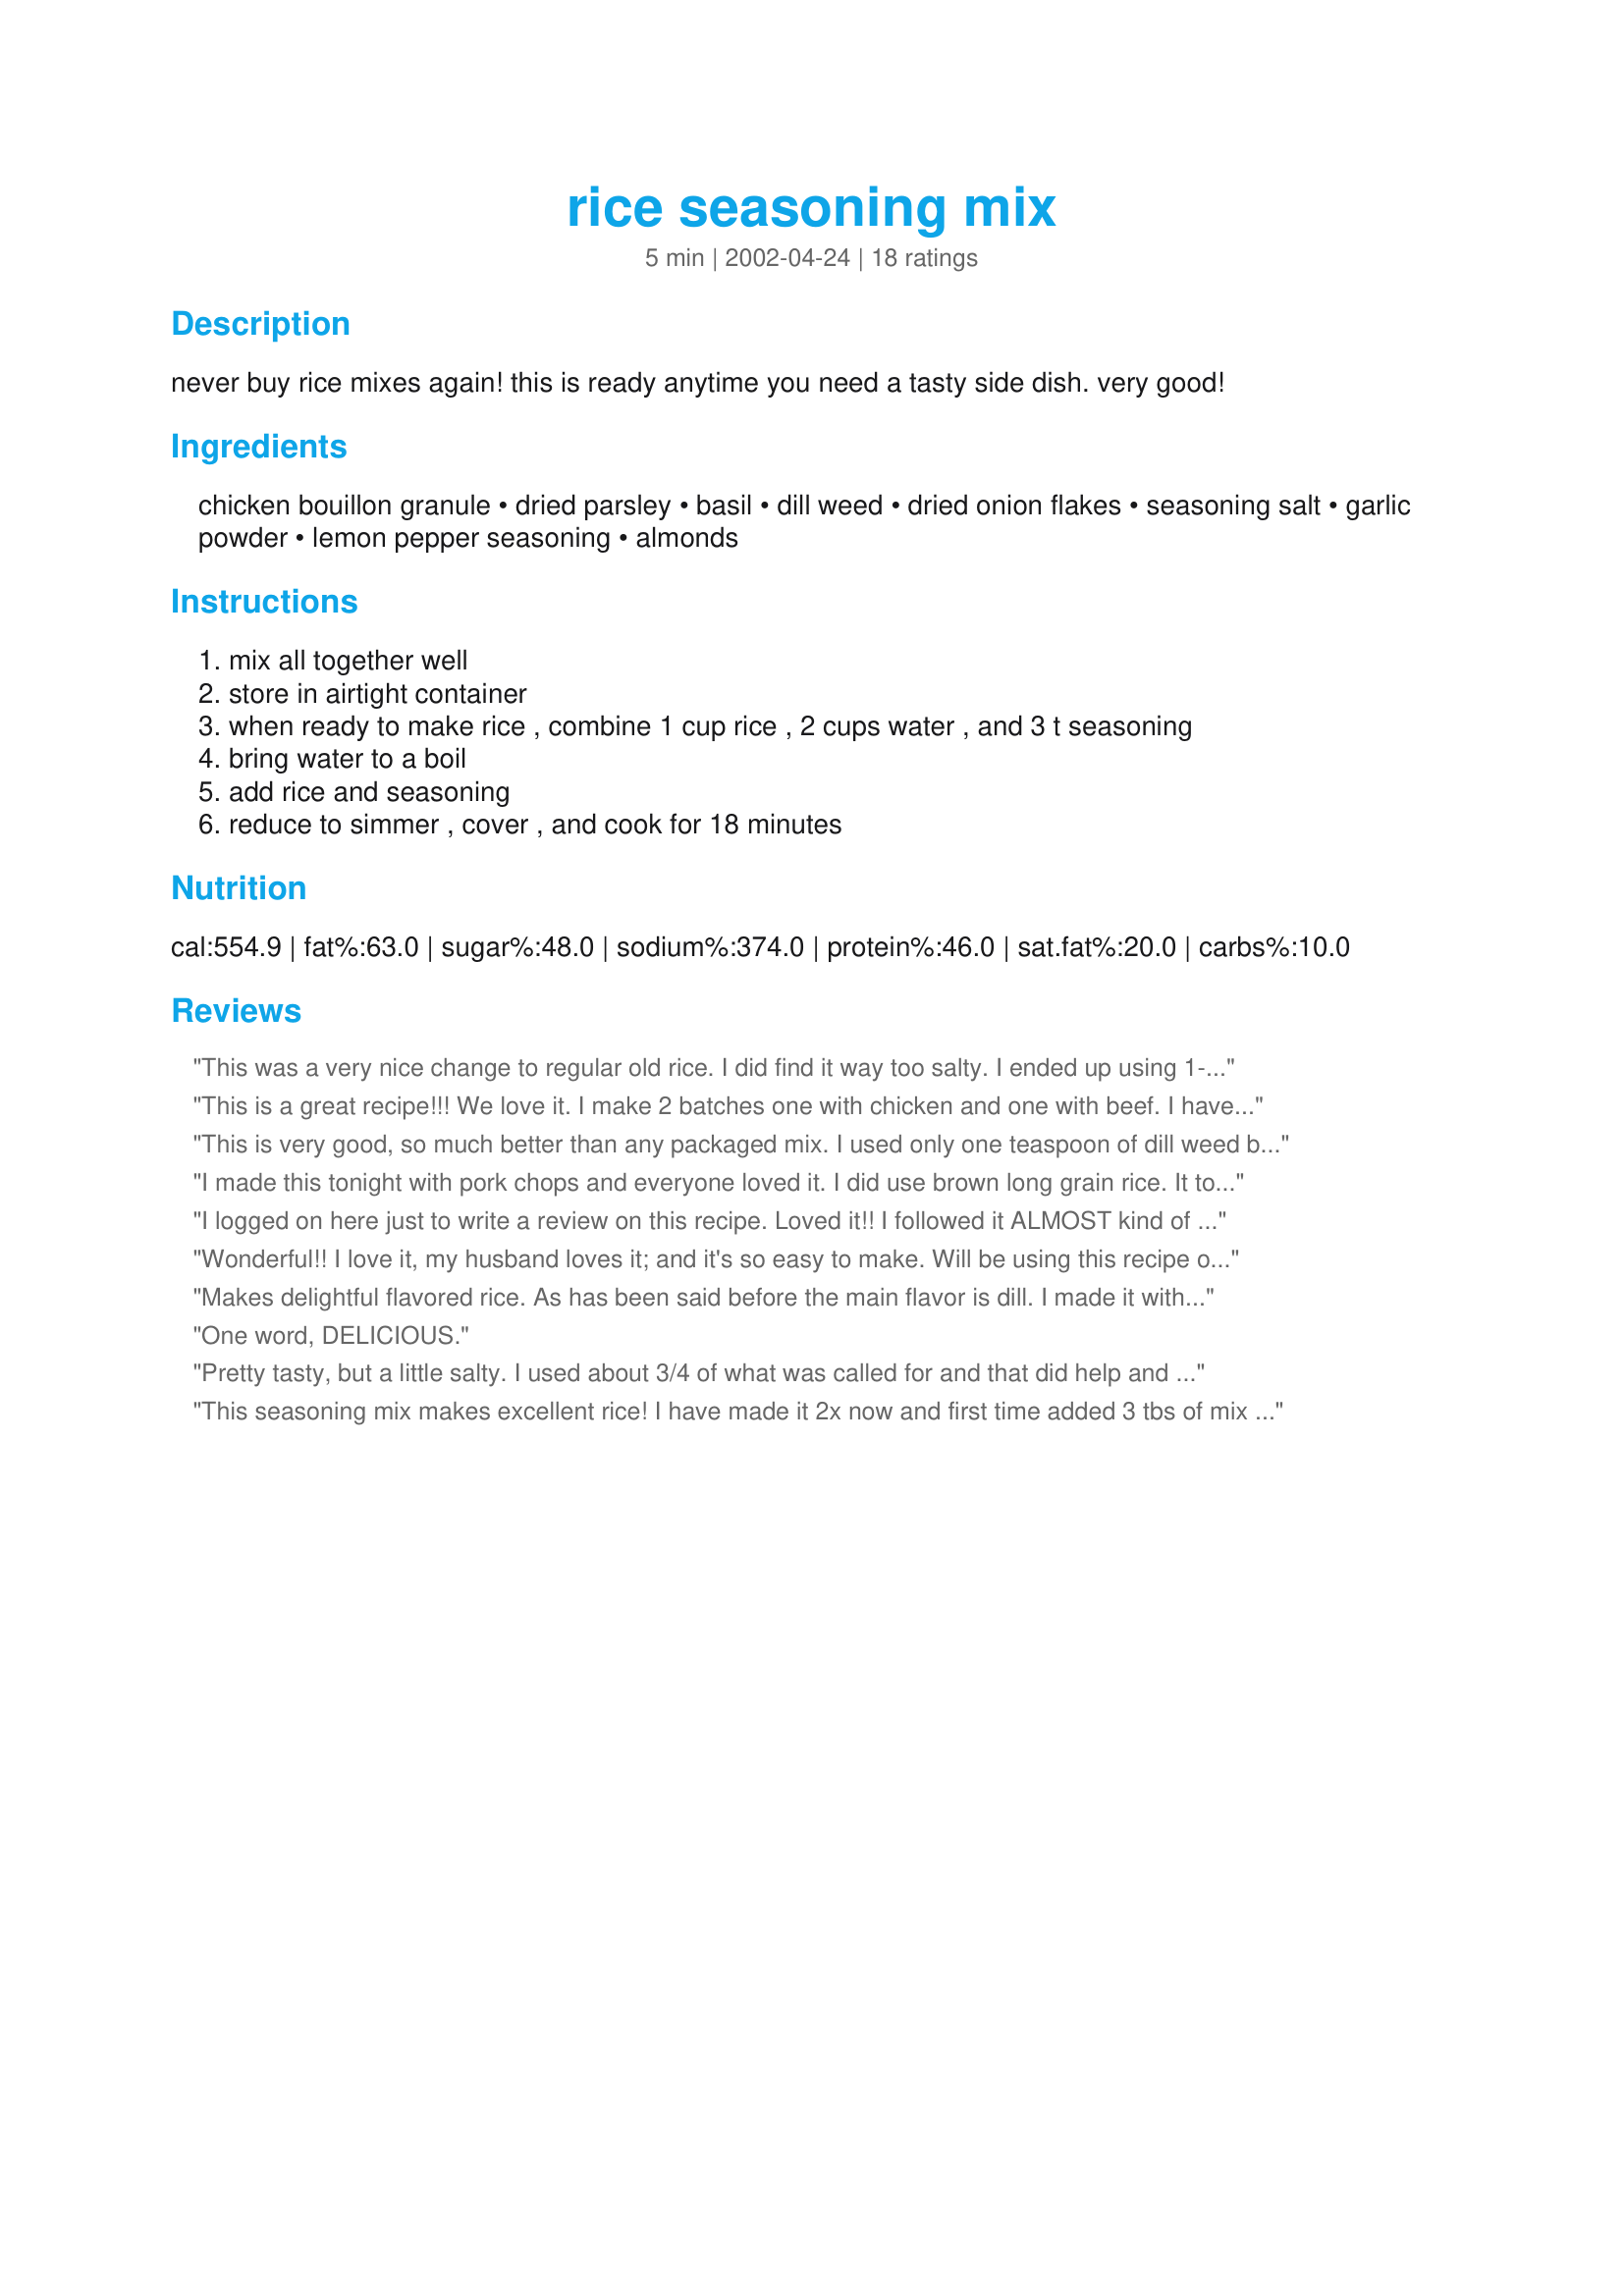
rice seasoning mix
Preparation time: 5 minutes

never buy rice mixes again! this is ready anytime you need a tasty side dish. very good!

Ingredients:
chicken bouillon granule, dried parsley, basil, dill weed, dried onion flakes, seasoning salt, garlic powder, lemon pepper seasoning, almonds

Steps:
mix all together well, store in airtight container, when ready to make rice , combine 1 cup rice , 2 cups water , and 3 t seasoning, bring water to a boil, add rice and seasoning, reduce to simmer , cover , and cook for 18 minutes

Reviews:
This was a very nice change to regular old rice. I did find it way too salty. I ended up using 1-1 1/2 T per pot of rice. Its a great recipe and thanks for posting!
This is a great recipe!!! We love it. I make 2 batches one with chicken and one with beef. I have not tried the almonds yet in it. Only change I would make is to increase the water to 3 cups and to use 2 scoops of mix and 1 cup of rice. The flavor is more mellow and not as salty. This mix has replaced any need for boxed rice and it is all I use... a great money-saver too! :) Thank you!
This is very good, so much better than any packaged mix. I used only one teaspoon of dill weed because one of the other reviewers said the dill flavor was dominant. I also added the almonds, which adds an extra crunchy texture. I'm glad I have this in my pantry now; I am looking forward to making it again.
I made this tonight with pork chops and everyone loved it. I did use brown long grain rice. It took 30 min. for my liquid to absorb into the rice, I don't know if that was because it was brown rice or what. None the less very tasty, Thanks Mizz Nezz!
I logged on here just to write a review on this recipe. Loved it!! I followed it ALMOST kind of exactly. I don't use alot of salt in food and I tend to buy salt-free or low sodium products when I can. With that said I was measuring 3/4 cups low sodium chicken boullion, ran out, grabbed an old cheap regular powdered chicken boillon powder, ran out and I was still about 2 tablespoons shy of the 3/4 cup so I threw in 4 boullion cubes that I ground. Per other reviews on there being too much dill I only added 2 teaspoons. I didn't have almonds so I omitted them (they're optional anyways). Because I didn't add the almonds I only used 2 tablespoons per 1 cup of rice. I also chopped up some water chestnuts to get the crunch I'd me missing from the almonds. The final product....DELICIOUS! Although slightly too salty. Next time I make this (which I will) I'll probably still mix low-sodium boullion with regular but I'd aim for 1/2 cup LS and 1/4 cup regular. Thanks so much for the recipe. It really does taste like something you would buy in a box only I can make it less salty which is a BIG plus!!
Wonderful!! I love it, my husband loves it; and it's so easy to make. Will be using this recipe often! I decided to make the mix without almonds and just add them to the rice every now and then. Personal preference.
Makes delightful flavored rice. As has been said before the main flavor is dill. I made it with vegetable bouillon instead of chicken because I do not like chicken. We will make again, but most likely will be changing the dill out for another spice.

The second time we did this, I used the rest of the vegetable bouillon I had, and the rest is an extremely low sodium beef stock. Instead of the 1 tablespoon dill, I used 1 teaspoon summer savory (in the dill family) and added 2 teaspoons more dried parsley. This makes a very flavorful rice, but keeps from having one strongly dominate flavor.
One word, DELICIOUS.
Pretty tasty, but a little salty. I used about 3/4 of what was called for and that did help and still had a lot of flavor. It was nice to have a quick side dish and a different way to prepare rice. Made for Zaar Chef Alphabet Soup tag game.
This seasoning mix makes excellent rice! I have made it 2x now and first time added 3 tbs of mix to rice, little salty for my taste. 2x time I use 3 tsp and it was just right! Thanks so much for your recipe!
Wonderful!! Thank you for sharing this recipe!
My niece came over to eat dinner with me this afternoon and we had this rice with deep fried whole cornish hens. She left with the rest of the bottle of Rice Seasoning Mix. I didn't have any almonds on hand so I didn't use them this time, but I can't wait to do it again with them. You must like dill to enjoy this (which both she and I do!) because it is the dominant flavor (at least without the almonds). I used my rice cooker and melted 1/2 a stick of butter in it then slightly toasted the rice in the melted butter (like you do Rice-a-Roni) added the water and seasonings and cooked as usual. In the rice cooker, the rice slightly over browned and I unplugged it within 10 minutes of the end of the cook cycle so I wouldn't let this sit in a rice cooker on warm. I love this rice.
My family loves &quot;my secret rice seasoning&quot;. ?? Turns everyday rice into a tasty side dish. Thanks!
I halved the dill, subbed pepper for the lemon pepper (didn't have any), and skipped the seasoning salt and onion due to allergies. I only had 1/4 cup of parsley. I threw in some Italian seasoning and thyme. I left out the optional almonds, but added some dried mixed vegetable flakes. Finally I used it in Kashi seven grain mix instead of rice. Despite my many changes, it was great! Thank you for another winner, MizzNezz! I worried that this would be too salty due to all the bouillon, but it was quite good. I've got plenty of mix left and plan to use it in rice soon.
Good stuff. I made as directed. Will make again.
Since I prefer steamed rice, I didn't follow the rice cooking directions & my rating is for the spice blend alone. Its excellent- added much needed flavour to plain steamed rice!
I added 1 1/2 tbsps directly to 1/2 cup rice, 1 tbsp butter & 1 1/2 cups water in my steamer. Thanx Inez!
Hope my friends like dill too since they received pkgs with the 3T of seasoning and 1 cup long grain rice as part of their homemade food gifts this year.
This recipe is really very good, but I found I need to shake or mix it very well before each use. I made a new batch this weekend and it was quite yummy, but the nuts, the bouillon, and herbs tend to try to shake out in different layers and can end up tasting too salty. I did increase the dried herbs a bit.
